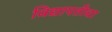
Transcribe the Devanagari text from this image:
विद्यापतीचा